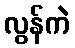
လွန်ကဲ